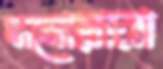
মনোয়ারা